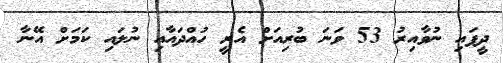
ދީފައި ނުވާއިރު 53 ވަނަ ބުރިއަށް އެރީ ހުއްދައާއި ނުލައި ކަމަށް އޭނާ